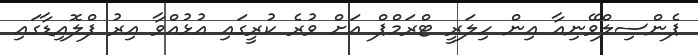
ޕެންސިލްވޭނިއާ އިން ހިލަރީ ޓްރަމްޕް އަށް ވުރެ ކުރީގައި އުޅުއްވާ އިރު ފްލޮއިޑާގައި